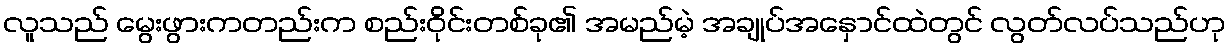
လူသည် မွေးဖွားကတည်းက စည်းဝိုင်းတစ်ခု၏ အမည်မဲ့ အချုပ်အနှောင်ထဲတွင် လွတ်လပ်သည်ဟု